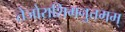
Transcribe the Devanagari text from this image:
तेजोराशिमनुत्तमम्